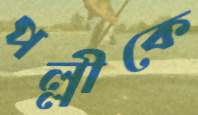
পল্লীকে